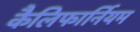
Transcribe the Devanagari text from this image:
कैलिफार्नियम